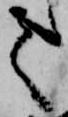
て